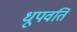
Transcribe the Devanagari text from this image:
धूपवर्ति